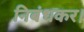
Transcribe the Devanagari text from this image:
निबंधकर।